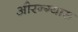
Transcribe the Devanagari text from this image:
औरन्ग्यास